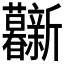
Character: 𰕦